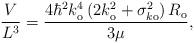
LaTeX: \begin{align*}\frac{V}{L^{3}}=\frac{4\hbar^{2}k_{\mathrm{o}}^{4}\left( 2k_{\mathrm{o}}^{2}+\sigma_{k\mathrm{o}}^{2}\right) R_{\mathrm{o}}}{3\mu}, \end{align*}